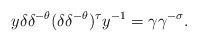
LaTeX: \begin{align*}y\delta\delta^{-\theta}(\delta\delta^{-\theta})^{\tau} y^{-1}=\gamma\gamma^{-\sigma}.\end{align*}